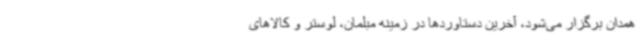
همدان برگزار می‌شود، آخرین دستاوردها در زمینه مبلمان، لوستر و کالاهای